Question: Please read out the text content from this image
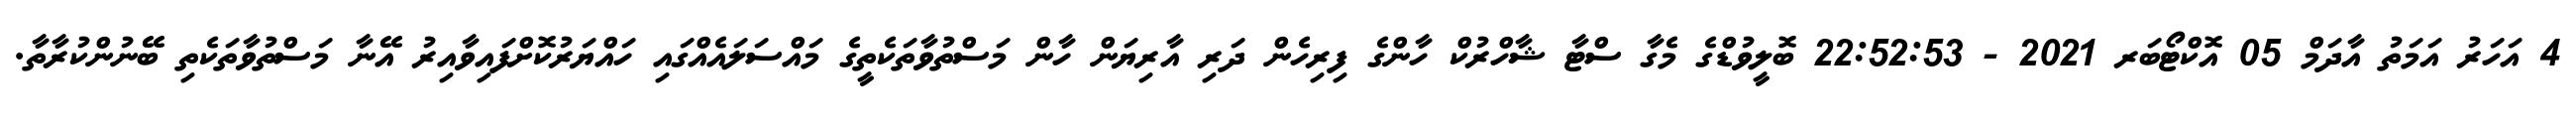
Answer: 4 އަހަރު އަމަތު އާދަމް 05 އޮކްޓޯބަރ 2021 - 22:52:53 ބޮލީވުޑްގެ މެގާ ސްޓާ ޝާހްރުކް ހާންގެ ފިރިހެން ދަރި އާރިޔަން ހާން މަސްތުވާތަކެތީގެ މައްސަލައެއްގައި ހައްޔަރުކޮށްފައިވާއިރު އޭނާ މަސްތުވާތަކެތި ބޭނުންކުރާތާ.